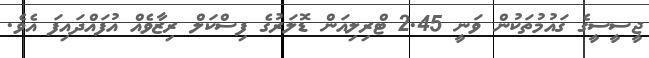
ޖީސީސީގެ ގައުމުތަކުން ވަނީ 2.45 ޓްރިލިއަން ޑޮލަރުގެ ފިސްކަލް ރިޒާވެއް އުފައްދައިފަ އެވެ.